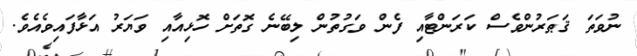
ނުވަތަ ޤަޠަރުންވެސް ކަރަންޓާއި ފެން ވަގުތުން ލިބޭނެ ގޮތަށް ހޮޅިއާއި ވަޔަރު އަޅާފައިވެއެވެ.